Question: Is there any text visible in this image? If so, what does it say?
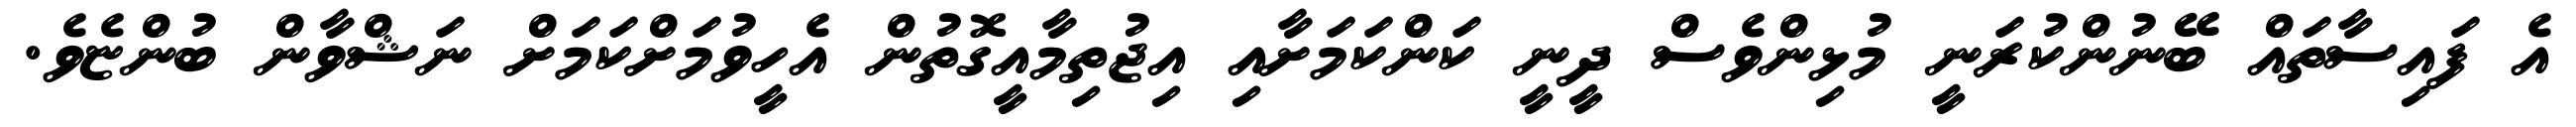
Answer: އެ ފައިސާތައް ބޭނުންކުރަނީ މުޅިންވެސް ދީނީ ކަންކަމަށާއި އިޖުތިމާއީގޮތުން އެހީވުމަށްކަމަށް ނަޝްވާން ބުންޏެވެ.